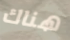
هناك